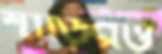
শাড়িরও